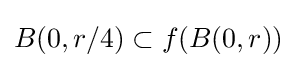
B(0,r/4)\subset f(B(0,r))